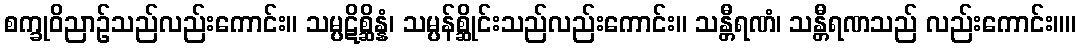
စက္ခုဝိညာဉ်သည်လည်းကောင်း။ သမ္ပဋိစ္ဆိန္နံ၊ သမ္ပန်စ္ဆိုင်းသည်လည်းကောင်း။ သန္တီရဏံ၊ သန္တီရဏသည် လည်းကောင်း။။